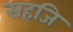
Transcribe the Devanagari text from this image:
सहजि